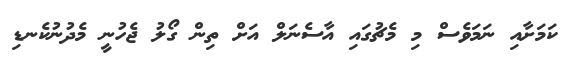
ކަމަށާއި ނަމަވެސް މި މެޗުގައި އާސެނަލް އަށް ތިން ގޯލު ޖެހުނީ މެދުނުކެނޑި